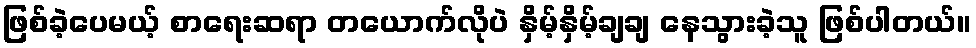
ဖြစ်ခဲ့ပေမယ့် စာရေးဆရာ တယောက်လိုပဲ နှိမ့်နှိမ့်ချချ နေသွားခဲ့သူ ဖြစ်ပါတယ်။